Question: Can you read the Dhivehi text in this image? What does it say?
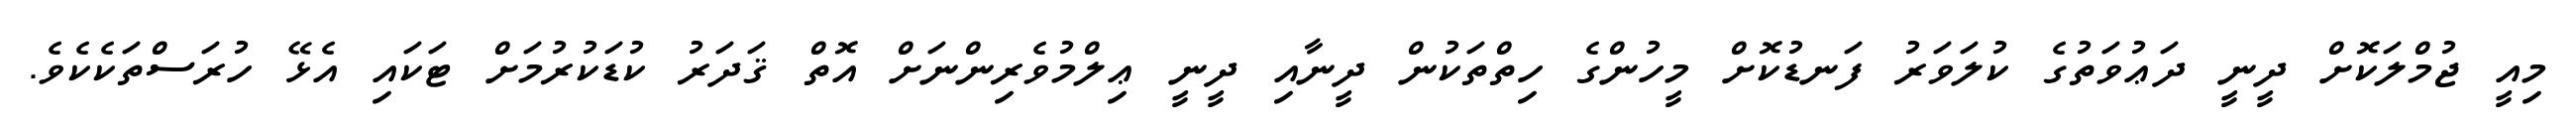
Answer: މިއީ ޖުމްލަކޮށް ދީނީ ދަޢުވަތުގެ ކުލަވަރު ފަނޑުކޮށް މީހުންގެ ހިތްތަކުން ދީނާއި ދީނީ ޢިލްމުވެރިންނަށް އޮތް ޤަދަރު ކުޑަކުރުމަށް ޓަކައި އެޅޭ ހުރަސްތަކެކެވެ.